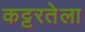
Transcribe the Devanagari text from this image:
कट्टरतेला